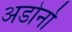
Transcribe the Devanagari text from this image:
अडोर्नो